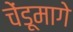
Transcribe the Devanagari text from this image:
चेंडूमागे